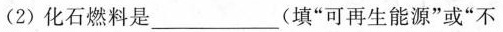
(2)化石燃料是___(填”可再生能源”或”不